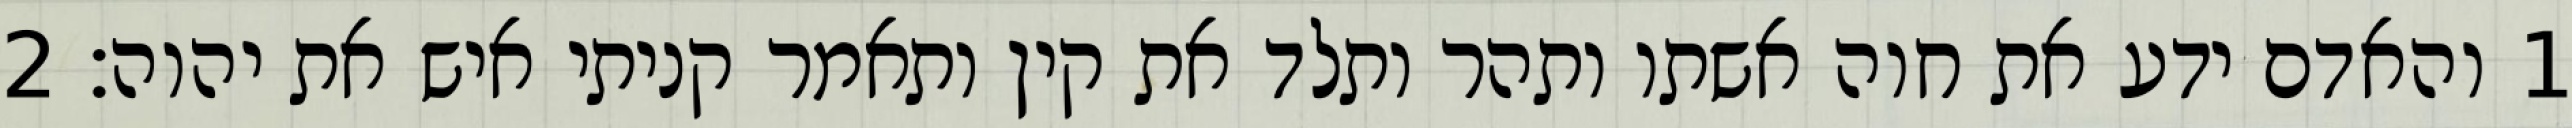
1 והאדם ידע את חוה אשתו ותהר ותלד את קין ותאמר קניתי איש את יהוה׃ ‎2‏